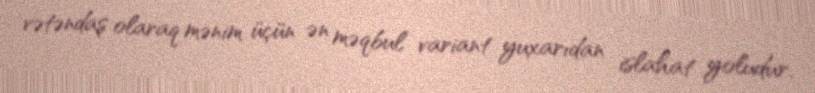
vətəndaş olaraq mənim üçün ən məqbul variant yuxarıdan islahat yoludur.